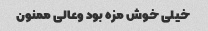
خیلی خوش مزه بود وعالی ممنون